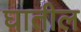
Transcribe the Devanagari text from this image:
घातील